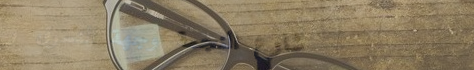
شارع النجمة وجهة التسوق و